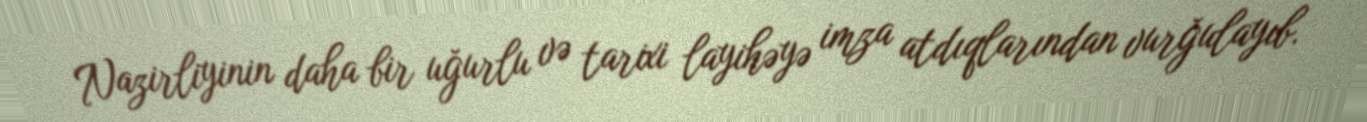
Nazirliyinin daha bir uğurlu və tarixi layihəyə imza atdıqlarından vurğulayıb.